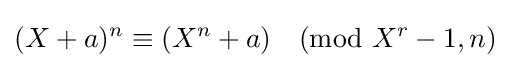
(X+a)^{n}\equiv (X^{n}+a){\pmod {X^{r}-1,n}}